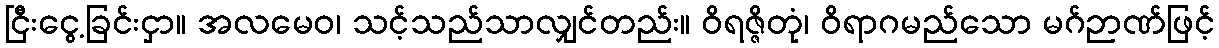
ငြီးငွေ့ခြင်းငှာ။ အလမေဝ၊ သင့်သည်သာလျှင်တည်း။ ဝိရဇ္ဇိတုံ၊ ဝိရာဂမည်သော မဂ်ဉာဏ်ဖြင့်